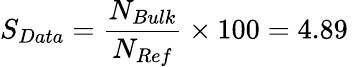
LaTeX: \displaystyle S_{Data}=\frac{N_{Bulk}}{N_{Ref}}\times 100=4.89\